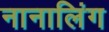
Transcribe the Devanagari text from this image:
नानालिंग